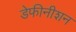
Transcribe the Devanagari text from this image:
डेफीनीशन